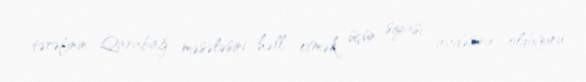
tərəfinin Qarabağ məsələsini həll etmək üçün siyasi iradəsinin olduğunu